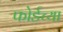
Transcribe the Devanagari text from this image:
फोर्डच्या